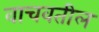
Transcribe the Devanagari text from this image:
वाचवतील